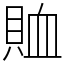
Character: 賉